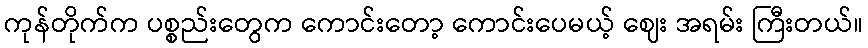
ကုန်တိုက်က ပစ္စည်းတွေက ကောင်းတော့ ကောင်းပေမယ့် ဈေး အရမ်း ကြီးတယ်။